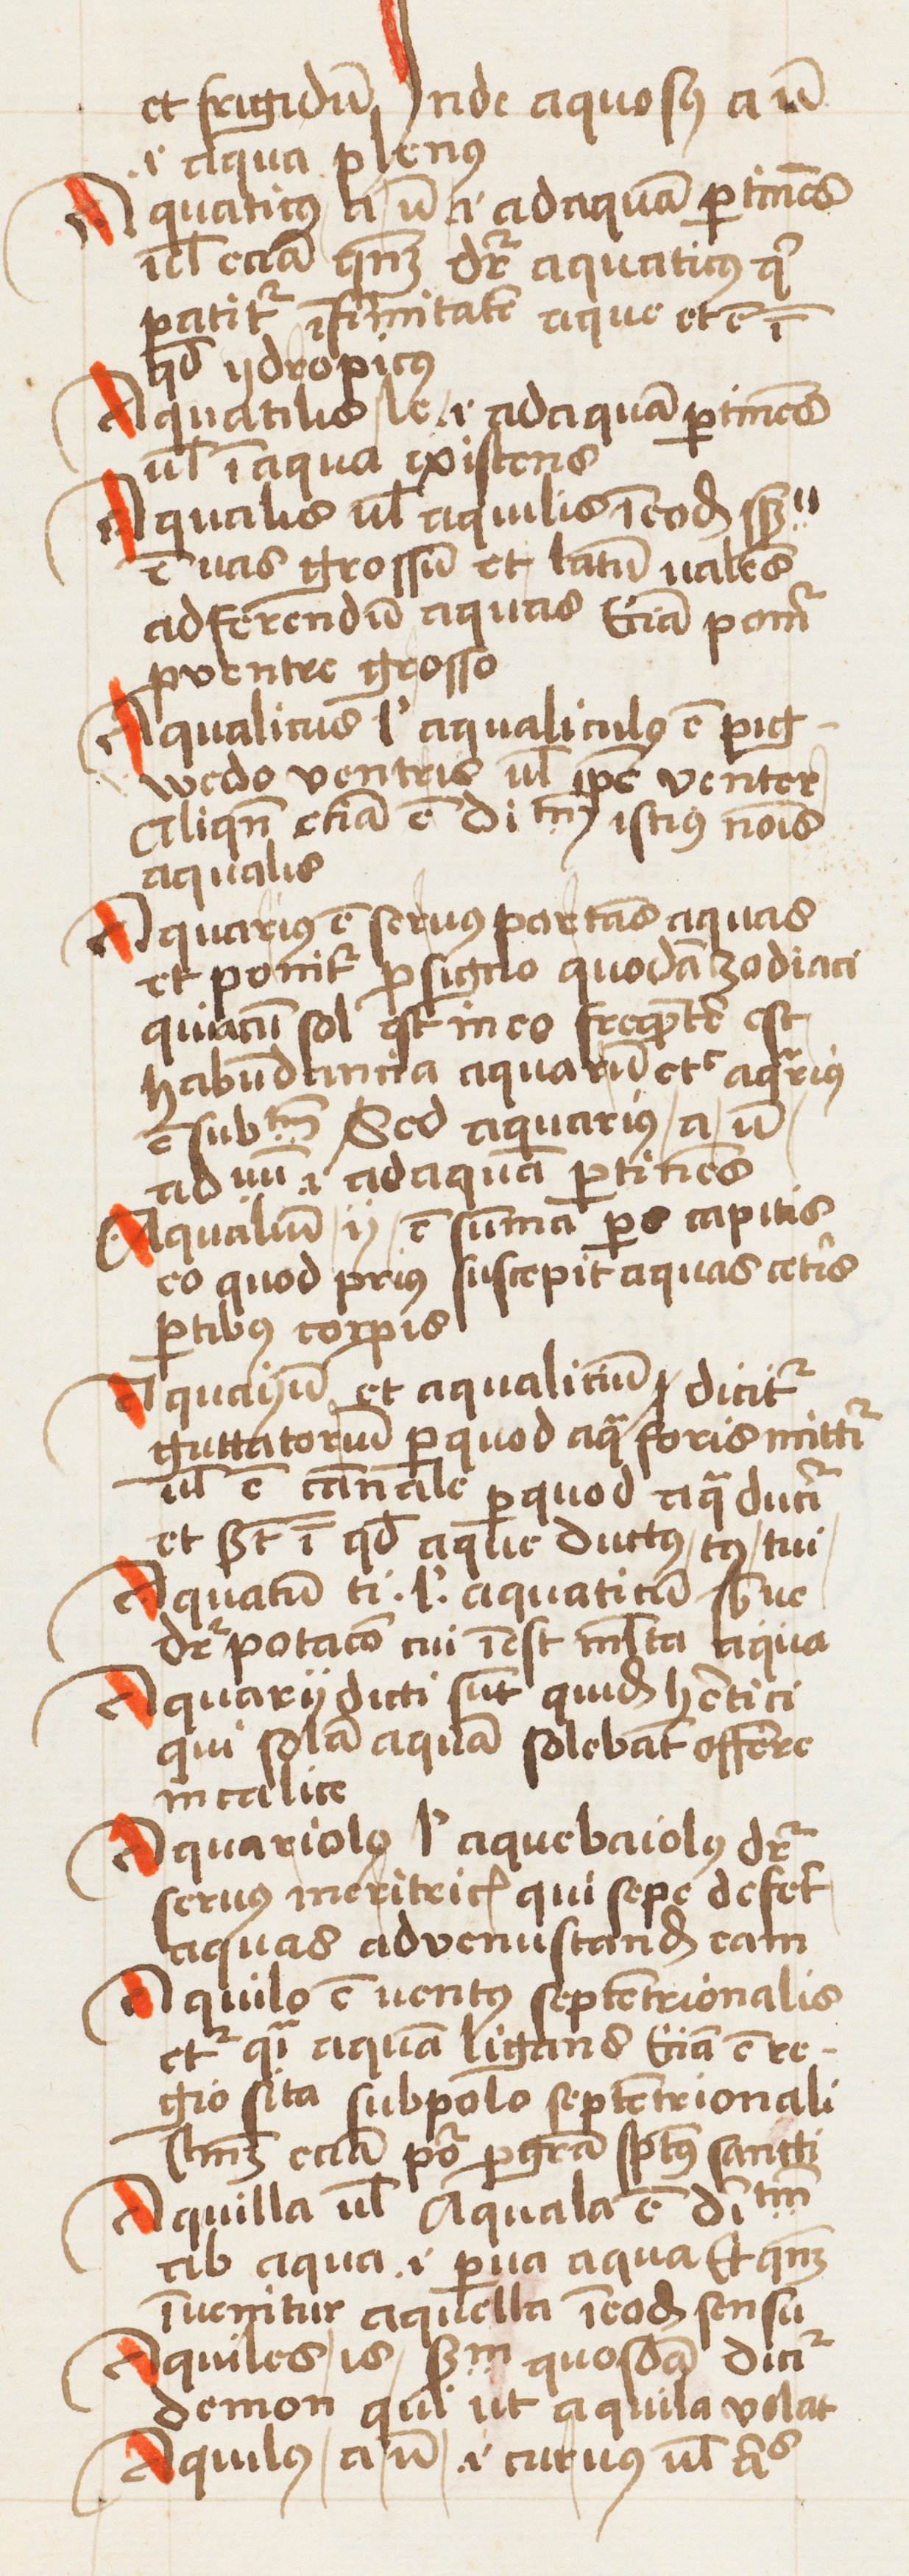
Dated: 1452–1452